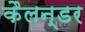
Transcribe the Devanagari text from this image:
कैलन्डर